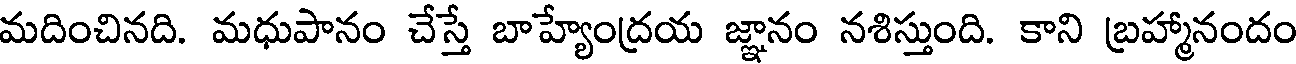
మదించినది. మధుపానం చేస్తే బాహ్యేంద్రయ జ్ఞానం నశిస్తుంది. కాని బ్రహ్మానందం